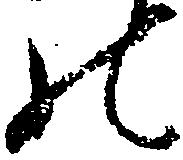
の